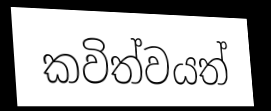
කවිත්වයත්